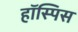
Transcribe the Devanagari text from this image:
हॉस्पिस